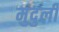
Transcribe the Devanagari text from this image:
मुदुली